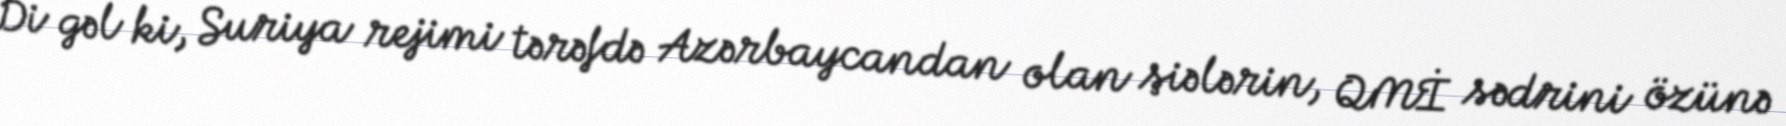
Di gəl ki, Suriya rejimi tərəfdə Azərbaycandan olan şiələrin, QMİ sədrini özünə